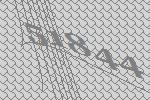
51844